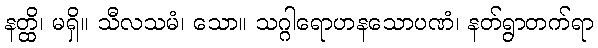
နတ္ထိ၊ မရှိ။ သီလသမံ၊ သော။ သဂ္ဂါရောဟနသောပဏံ၊ နတ်ရွာတက်ရာ